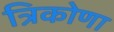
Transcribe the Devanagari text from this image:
त्रिकोणा